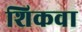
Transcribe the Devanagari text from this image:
शिकवा